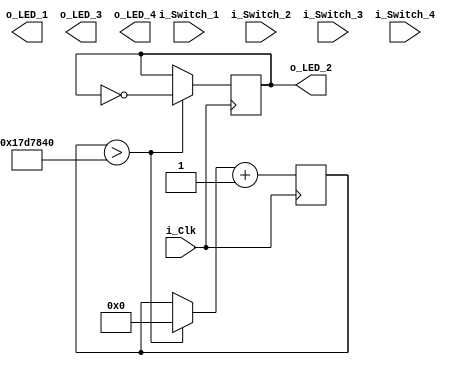
module Switches_to_LEDs
	(input i_Switch_1,
	 input i_Switch_2,
	 input i_Switch_3,
	 input i_Switch_4,
         input i_Clk,
	 output o_LED_1,
	 output o_LED_2,
	 output o_LED_3,
	 output o_LED_4);

  reg r_LED_2    = 1'b0;
  reg[30:0] r_Counter  = 0;
 
 
  always @(posedge i_Clk)
  begin

    if (r_Counter > 25000000)
        begin
            r_LED_2 <= ~r_LED_2;
            r_Counter = 0;
        end

    r_Counter = r_Counter + 1;

  end

  assign o_LED_2 = r_LED_2;

endmodule